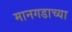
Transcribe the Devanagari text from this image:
मानगडाच्या